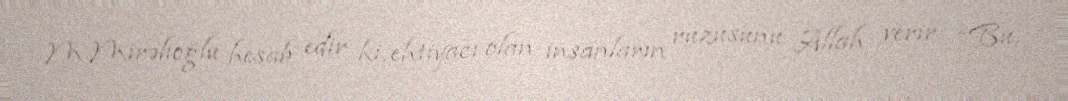
M.Mirəlioğlu hesab edir ki, ehtiyacı olan insanların ruzusunu Allah verir: “Bu,